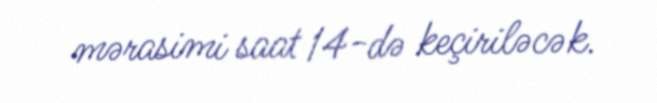
mərasimi saat 14-də keçiriləcək.